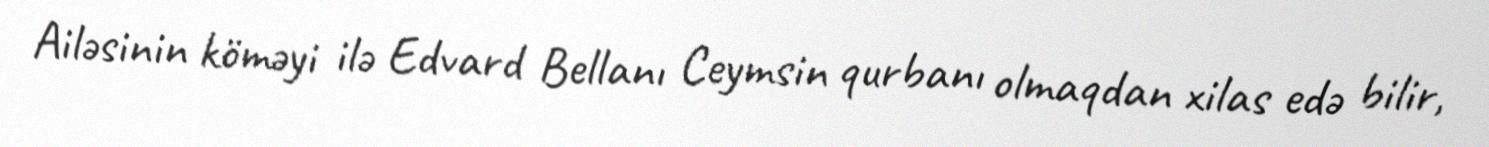
Ailəsinin köməyi ilə Edvard Bellanı Ceymsin qurbanı olmaqdan xilas edə bilir,